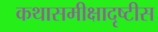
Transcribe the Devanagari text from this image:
कथासमीक्षादृष्टीस